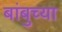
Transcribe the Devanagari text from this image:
बांबुच्या